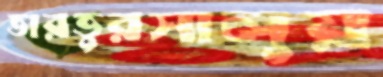
ভারভুরসালুয়